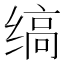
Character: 缟